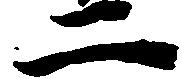
二